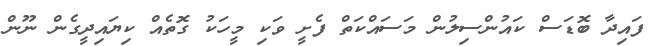
ފައިދާ ބޮޑަސް ކައުންސިލުން މަސައްކަތް ފެށީ ވަކި މީހަކު ގޮތެއް ކިޔައިދީގެން ނޫން